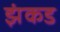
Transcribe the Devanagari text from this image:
झंकड